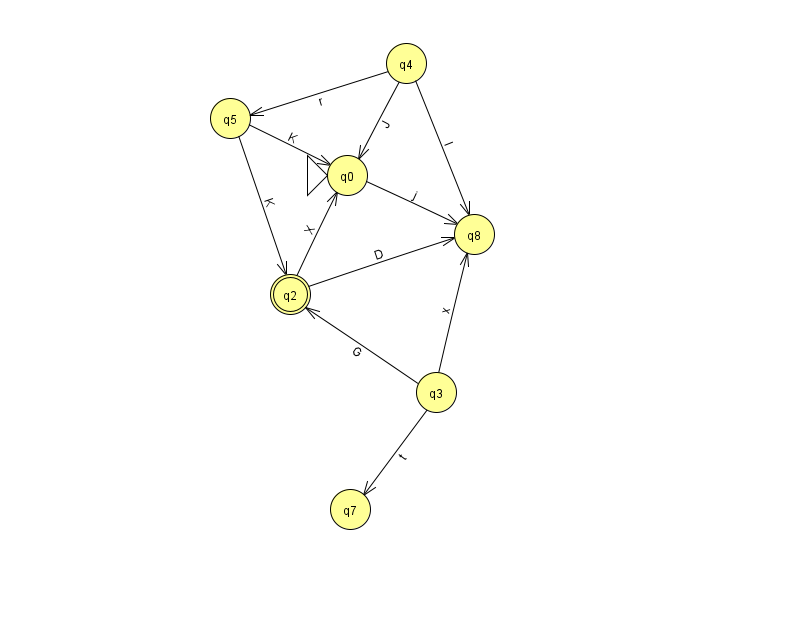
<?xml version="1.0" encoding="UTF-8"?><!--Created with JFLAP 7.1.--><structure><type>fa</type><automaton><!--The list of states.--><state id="0" name="q0"><x>347.0</x><y>162.0</y><initial/></state><state id="2" name="q2"><x>290.0</x><y>281.0</y><final/></state><state id="3" name="q3"><x>436.0</x><y>379.0</y></state><state id="4" name="q4"><x>406.0</x><y>50.0</y></state><state id="5" name="q5"><x>230.0</x><y>105.0</y></state><state id="7" name="q7"><x>350.0</x><y>496.0</y></state><state id="8" name="q8"><x>474.0</x><y>221.0</y></state><!--The list of transitions.--><transition><from>5</from><to>2</to><read>K</read></transition><transition><from>2</from><to>8</to><read>D</read></transition><transition><from>5</from><to>0</to><read>K</read></transition><transition><from>3</from><to>8</to><read>x</read></transition><transition><from>3</from><to>7</to><read>t</read></transition><transition><from>4</from><to>8</to><read>l</read></transition><transition><from>2</from><to>0</to><read>X</read></transition><transition><from>4</from><to>0</to><read>J</read></transition><transition><from>4</from><to>5</to><read>r</read></transition><transition><from>0</from><to>8</to><read>j</read></transition><transition><from>3</from><to>2</to><read>G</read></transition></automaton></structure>